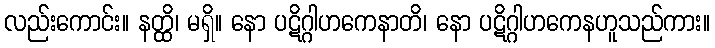
လည်းကောင်း။ နတ္ထိ၊ မရှိ။ နော ပဋိဂ္ဂါဟကေနာတိ၊ နော ပဋိဂ္ဂါဟကေနဟူသည်ကား။